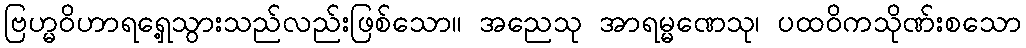
ဗြဟ္မဝိဟာရရှေ့သွားသည်လည်းဖြစ်သော။ အညေသု အာရမ္မဏေသု၊ ပထဝိကသိုဏ်းစသော